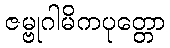
ဇမ္ဗုဂါမိကပုတ္တော